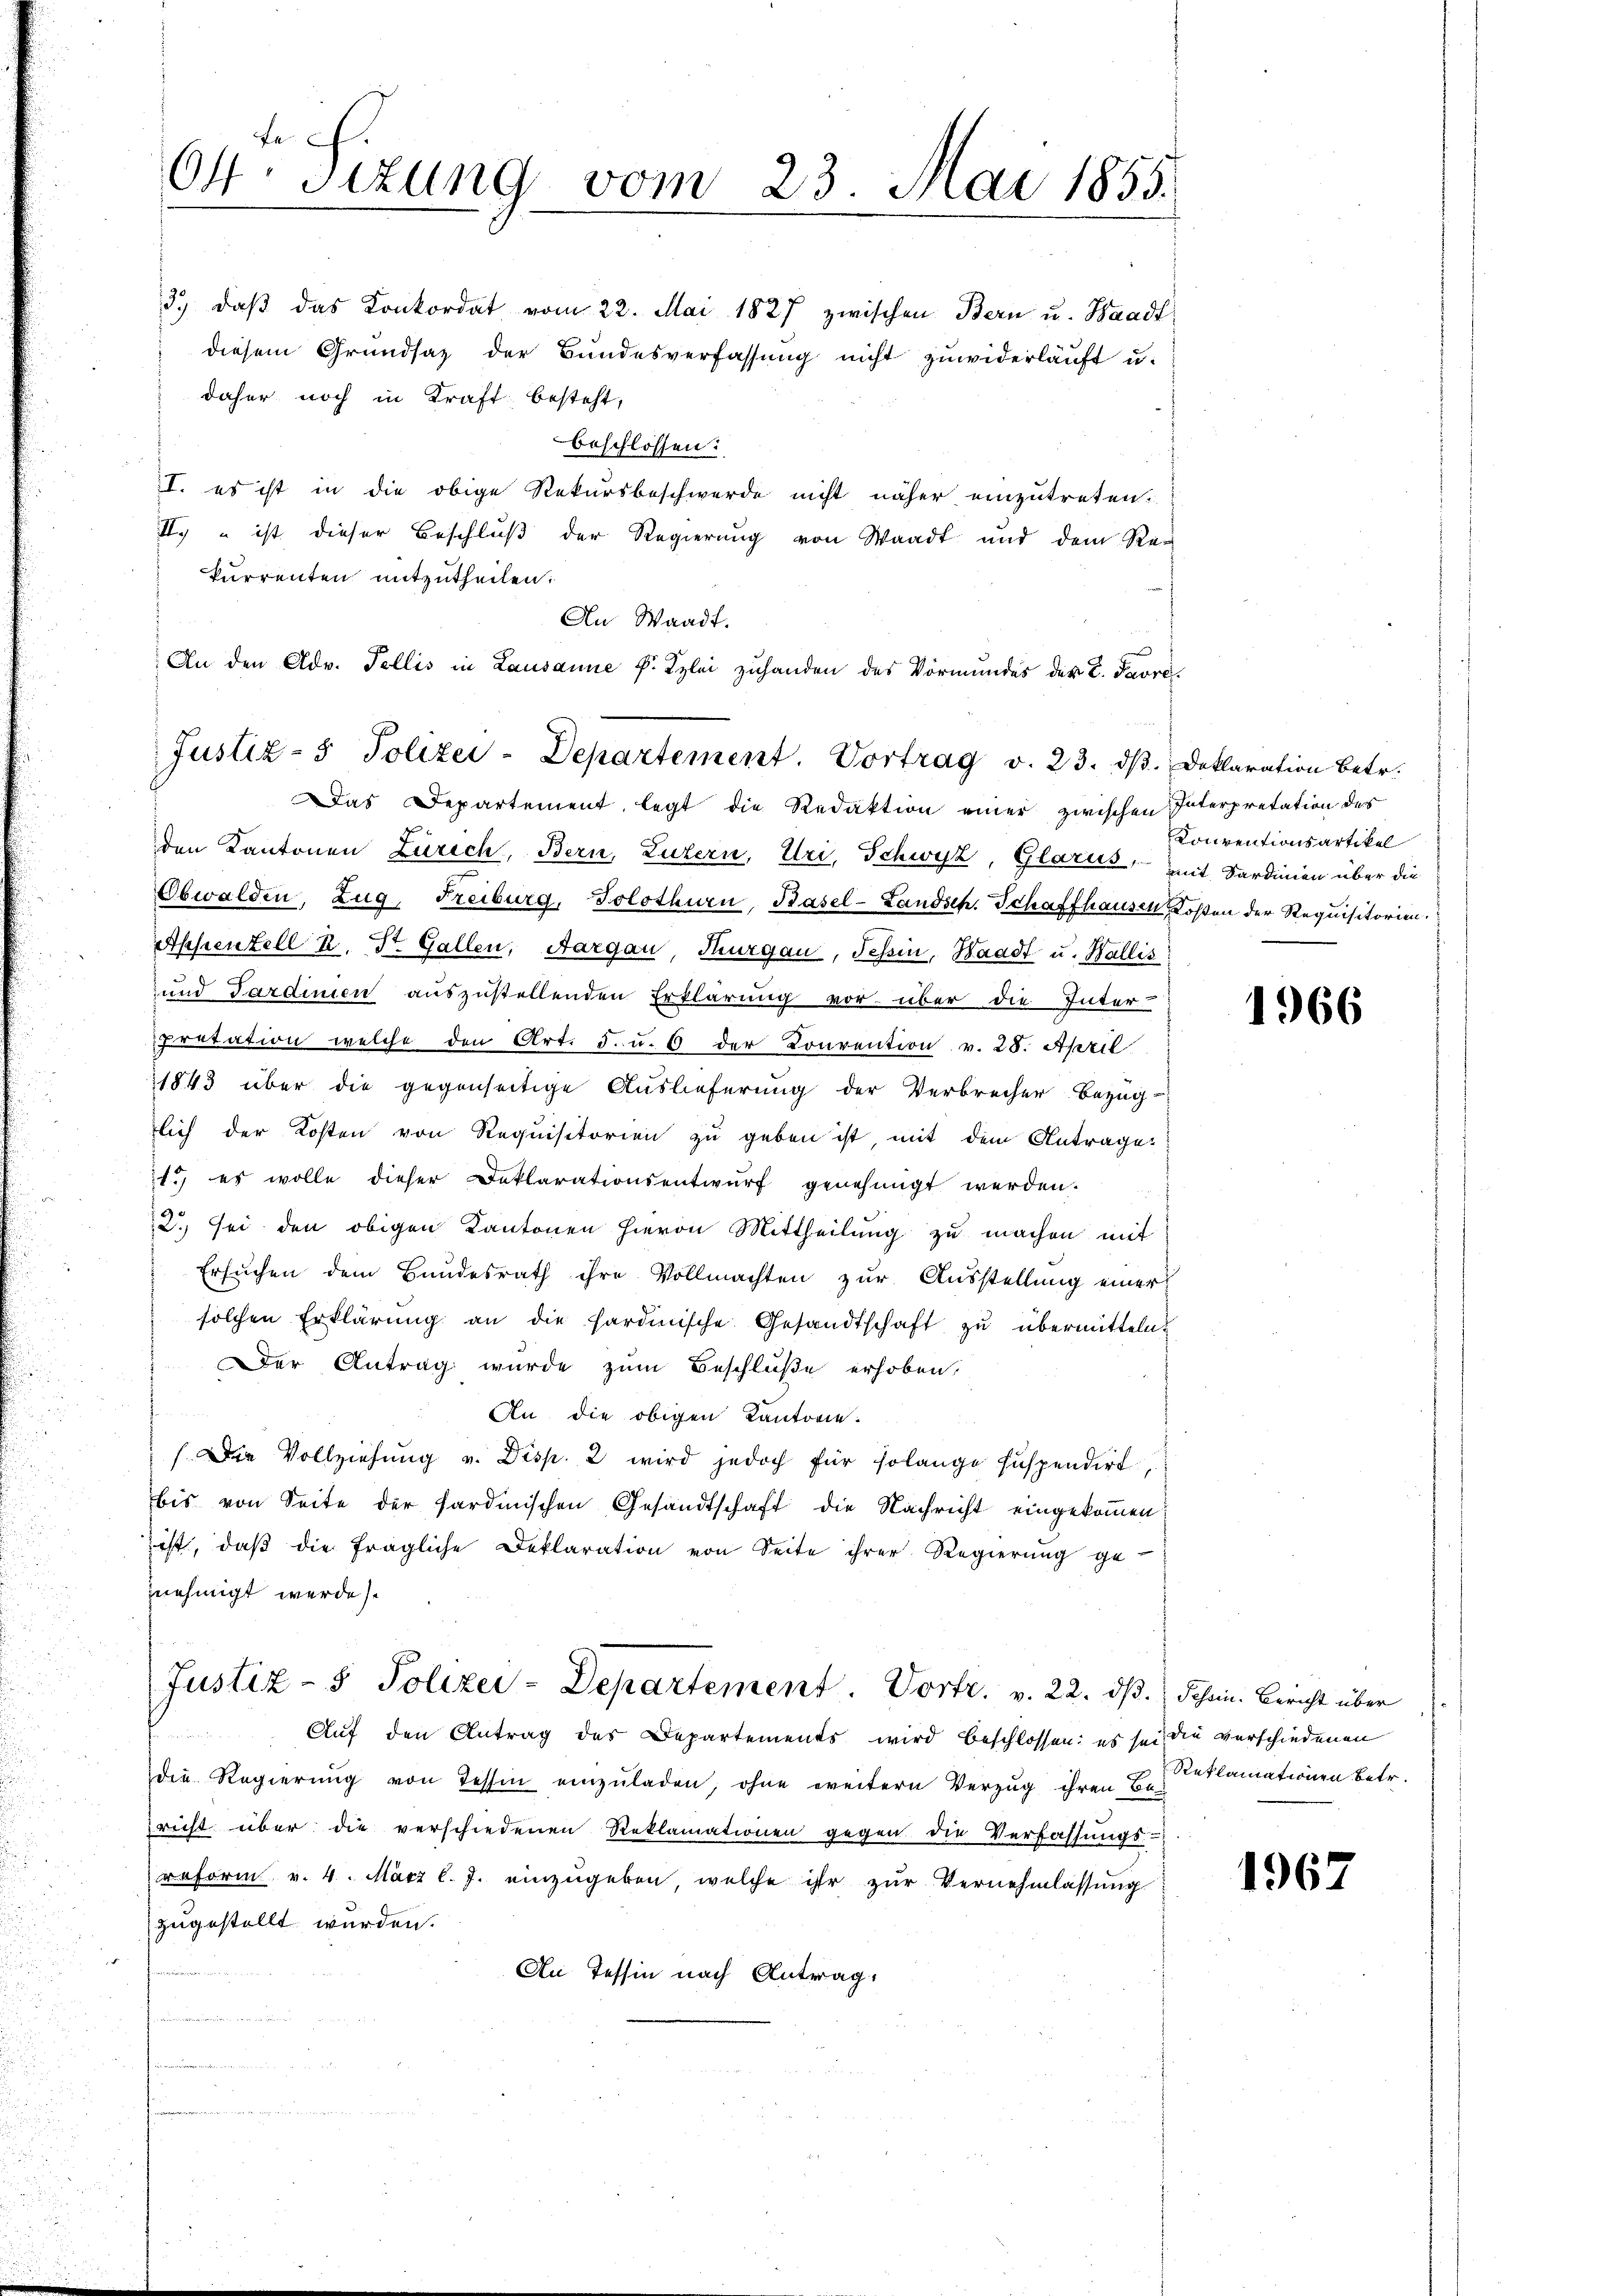
fe
64. Sizung vom 23. Mai 1855.

beschlossen:
II. es ist in die obige Rekursbeschwerde nicht näher einzutreten.
II.) “ ist dieser Beschluß der Regierung von Waadt und dem Rekurrenten mitzutheilen:
An Waadt.
An den Adv. Fellis in Lausanne P. Kzlei zuhanden des Vormundes der L. Favre¬

Justiz- & Polizei-Departement. Vortrag v. 23. ds. Deklaration betr.

3. daβ das Konkordat vom 22. Mai 1827 zwischen Bern u. Waadt
diesem Grundsaz der Bundesverfassung nicht zuwiderläuft u.
daher noch in Kraft besteht,

Das Departement, legt die Redaktion einer zwischen Interpretation der
den Kantonen Zürich, Bern, Luzern, Uri, Schwyz, Glarus, mit Sardinien über die
Obwalden, Zug, Freiburg, Solothurn, Basel-Landsch. Schaffhausen Kosten der Requisitorien.
Appenzell k. St. Gallen, Aargau, Thurgau, Tessin, Waadt u. Wallis
und Sardinien auszustellenden Erklärung vor über die Inter-
Pretation welche den Art. 5. u. 5 der Konvention v. 28. April
1843 über die gegenseitige Auslieferung der Verbrecher Bezug
lich der Kosten von Requisitorien zu geben ist, mit dem Antrage
1.) es wolle dieser Deklarationsentwŭrf genehmigt werden.
2. sei den obigen Kantonen hievon Mittheilung zu machen mit
Ersuchen dem Bundesrath ihre Vollmachten zur Ausstellung einer
solchen Erklärŭng an die hardinische Gesandtschaft zŭ übermitteln.
Der Antrag wurde zum Beschluße erhoben,
An die obigen Kantone.
(Die Vollziehung v. Disp. 2 wird jedoch für solange suspendirt,
bis von Seite der sardinischen Gesandtschaft die Nachricht eingekommen
ist, daβ die fragliche Deklaration von Seite ihrer Regierŭng ge-
nehmigt werde
Justiz- & Polizei-Departement. Vortr. v. 22. dβ. Schein. Bericht über
Aŭf den Antrag des Departements wird beschlossen: es sei die verschiedenen
die Regierŭng von Tessin einzŭladen, ohne weitern Verzug ihren Be-
richt über die verschiedenen Reklamationen gegen die Verfassŭngs-
reform v. 4. März l. J. einzugeben, welche ihr zur Vernehmlassung
zugestellt wurden.
An Tessin nach Antrag.

Konventionsartikel

1966

Reklamationen betr.

1967